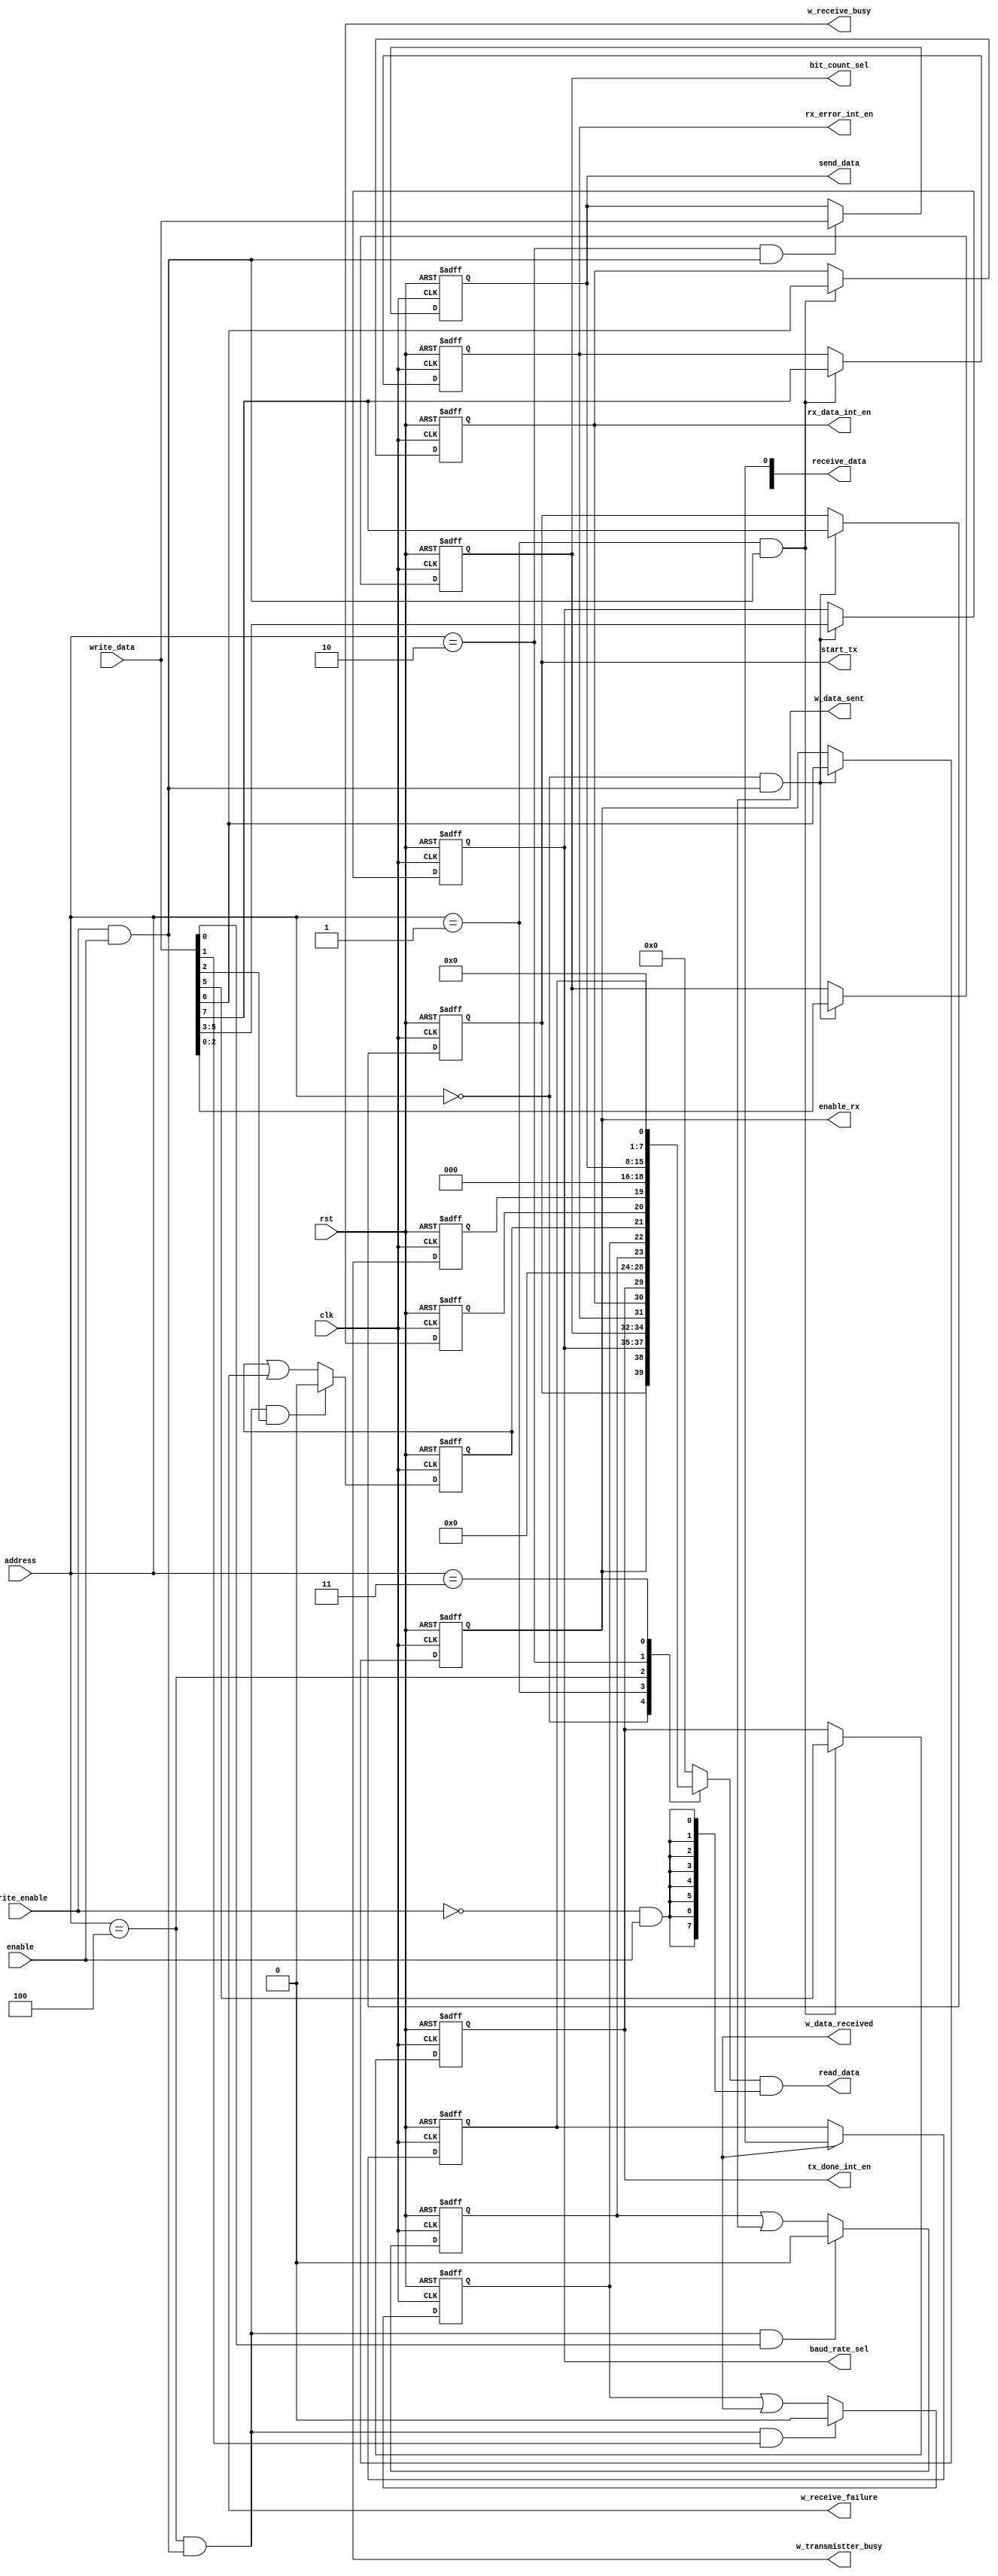
`timescale 1 ns / 100 ps
module uart_register   (
    input clk,
    input enable,
    input rst,
    input write_enable,
    input [2:0] address,
    input [7:0]  write_data,
    output [7:0] read_data,
    output reg [2:0] bit_count_sel,
    output reg [2:0] baud_rate_sel,
    output reg start_tx,
    output reg enable_rx,
    output reg [7:0] send_data,
    output wire [7:0] receive_data,
    output reg rx_error_int_en,
    output reg rx_data_int_en,
    output reg tx_done_int_en,
    output wire w_data_sent,
    output wire w_data_received,
    output wire w_receive_failure,
    output wire w_receive_busy,
    output wire w_transmistter_busy);

    localparam  CTRL_REGISTER_ADDR = 3'b000;
    localparam  CTRL_INT_REGISTER_ADDR = 3'b001;
    localparam  SEND_REGISTER_ADDR = 3'b010;
    localparam  RECEIVE_REGISTER_ADDR = 3'b011;
    localparam  STATUS_REGISTER_ADDR = 3'b100;

    localparam  CTRL_REGISTER_RST = 0;
    localparam  CTRL_INT_REGISTER_RST = 0;
    localparam  SEND_REGISTER_RST = 0;
    localparam  RECEIVE_REGISTER_RST = 0;
    localparam  STATUS_REGISTER_RST = 0;

    wire ctrl_register_selected = (address == CTRL_REGISTER_ADDR);
    wire ctrl_int_register_selected = (address == CTRL_INT_REGISTER_ADDR);
    wire send_register_selected = (address == SEND_REGISTER_ADDR);
    wire receive_register_selected = (address == RECEIVE_REGISTER_ADDR);
    wire status_register_selected = (address == STATUS_REGISTER_ADDR);

    reg  [7:0] read_data_out = 0;

    wire read_enabled = !write_enable & enable; 
    wire write_enabled = write_enable & enable;
     
    //CTRL REG
    wire [7:0] ctrl_reg = {
        start_tx,
        enable_rx,
        baud_rate_sel,
        bit_count_sel
    };

    always @(posedge clk or negedge rst) 
    begin
        if(!rst)
            begin
                bit_count_sel = CTRL_REGISTER_RST[2:0];
                baud_rate_sel = CTRL_REGISTER_RST[5:3];
                enable_rx = CTRL_REGISTER_RST[6];
                start_tx = CTRL_REGISTER_RST[7];
            end
        else 
            begin
                if(ctrl_register_selected & write_enabled)  
                begin
                    bit_count_sel = write_data[2:0];
                    baud_rate_sel = write_data[5:3];
                    enable_rx = write_data[6];
                    start_tx = write_data[7];
                end
            end
    end

    //CTRL_INT REG


    wire [7:0] ctrl_int_reg = {
        rx_error_int_en,
        rx_data_int_en,
        tx_done_int_en,
        5'd0
    };

    always @(posedge clk or negedge rst) 
    begin
        if(!rst)
            begin
                rx_error_int_en = CTRL_INT_REGISTER_RST[7];
                rx_data_int_en = CTRL_INT_REGISTER_RST[6];
                tx_done_int_en = CTRL_INT_REGISTER_RST[5];
            end
        else 
            begin
                if(ctrl_int_register_selected & write_enabled)  
                begin
                    rx_error_int_en = write_data[7];
                    rx_data_int_en = write_data[6];
                    tx_done_int_en = write_data[5];
                end
            end
    end

    //STATUS REG
    reg data_sent =0;
    reg data_received = 0;
    reg receive_failure = 0;
    reg receive_busy = 0;
    reg transmistter_busy = 0;
    
    

    wire [7:0] status_reg = {
        data_sent,
        data_received,
        receive_failure,
        receive_busy,
        transmistter_busy,
        3'd0
    };

    wire status_write_en = status_register_selected & write_enabled;

    always @(posedge clk or negedge rst) 
    begin
        if(!rst)
            begin
                data_sent = 0;
                data_received = 0;
                receive_failure = 0;
                receive_busy = 0;
                transmistter_busy = 0;
            end
        else 
            begin
                receive_busy = w_receive_busy;
                transmistter_busy = w_transmistter_busy;
                data_sent = status_write_en & write_data[0] ? 0 : (data_sent | w_data_sent);
                data_received = status_write_en & write_data[1] ? 0 : (data_received | w_data_received);
                receive_failure = status_write_en & write_data[2] ? 0 : (receive_failure | w_receive_failure);
            end
    end

    //SEND 
    always @(posedge clk or negedge rst) 
    begin
        if(!rst)
            send_data  = SEND_REGISTER_RST; 
        else 
            if(send_register_selected & write_enabled)  
                send_data = write_data;
    end


    //RECEIVE 
    reg r_receive_data;
    always @(posedge clk or negedge rst) 
    begin
        if(!rst)
            r_receive_data = SEND_REGISTER_RST; 
        else
            r_receive_data = w_data_received ? receive_data : r_receive_data;
    end

    //read data
    always @(*) begin
        case(address)
            CTRL_REGISTER_ADDR: read_data_out = ctrl_reg;
            CTRL_INT_REGISTER_ADDR: read_data_out = ctrl_int_reg;
            STATUS_REGISTER_ADDR: read_data_out = status_reg;
            SEND_REGISTER_ADDR: read_data_out = send_data;
            RECEIVE_REGISTER_ADDR: read_data_out = r_receive_data;
            default: read_data_out = 0;
        endcase
    end

    assign read_data = read_data_out & {8{read_enabled}};
endmodule